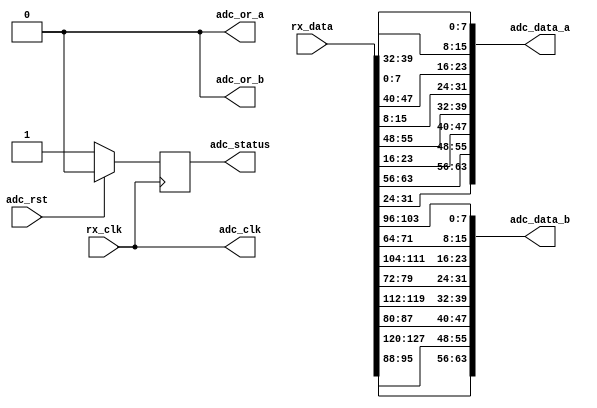
// ***************************************************************************
// ***************************************************************************
// Copyright 2011(c) Analog Devices, Inc.
// 
// All rights reserved.
// 
// Redistribution and use in source and binary forms, with or without modification,
// are permitted provided that the following conditions are met:
//     - Redistributions of source code must retain the above copyright
//       notice, this list of conditions and the following disclaimer.
//     - Redistributions in binary form must reproduce the above copyright
//       notice, this list of conditions and the following disclaimer in
//       the documentation and/or other materials provided with the
//       distribution.
//     - Neither the name of Analog Devices, Inc. nor the names of its
//       contributors may be used to endorse or promote products derived
//       from this software without specific prior written permission.
//     - The use of this software may or may not infringe the patent rights
//       of one or more patent holders.  This license does not release you
//       from the requirement that you obtain separate licenses from these
//       patent holders to use this software.
//     - Use of the software either in source or binary form, must be run
//       on or directly connected to an Analog Devices Inc. component.
//    
// THIS SOFTWARE IS PROVIDED BY ANALOG DEVICES "AS IS" AND ANY EXPRESS OR IMPLIED WARRANTIES,
// INCLUDING, BUT NOT LIMITED TO, NON-INFRINGEMENT, MERCHANTABILITY AND FITNESS FOR A
// PARTICULAR PURPOSE ARE DISCLAIMED.
//
// IN NO EVENT SHALL ANALOG DEVICES BE LIABLE FOR ANY DIRECT, INDIRECT, INCIDENTAL, SPECIAL,
// EXEMPLARY, OR CONSEQUENTIAL DAMAGES (INCLUDING, BUT NOT LIMITED TO, INTELLECTUAL PROPERTY
// RIGHTS, PROCUREMENT OF SUBSTITUTE GOODS OR SERVICES; LOSS OF USE, DATA, OR PROFITS; OR 
// BUSINESS INTERRUPTION) HOWEVER CAUSED AND ON ANY THEORY OF LIABILITY, WHETHER IN CONTRACT,
// STRICT LIABILITY, OR TORT (INCLUDING NEGLIGENCE OR OTHERWISE) ARISING IN ANY WAY OUT OF 
// THE USE OF THIS SOFTWARE, EVEN IF ADVISED OF THE POSSIBILITY OF SUCH DAMAGE.
// ***************************************************************************
// ***************************************************************************
// ***************************************************************************
// ***************************************************************************
// This is the LVDS/DDR interface

`timescale 1ns/100ps

module axi_ad9234_if (

  // jesd interface 
  // rx_clk is (line-rate/40)

  rx_clk,
  rx_data,

  // adc data output

  adc_clk,
  adc_rst,
  adc_data_a,
  adc_data_b,
  adc_or_a,
  adc_or_b,
  adc_status);

  // jesd interface 
  // rx_clk is (line-rate/40)

  input           rx_clk;
  input  [127:0]  rx_data;

  // adc data output

  output          adc_clk;
  input           adc_rst;
  output  [63:0]  adc_data_a;
  output  [63:0]  adc_data_b;
  output          adc_or_a;
  output          adc_or_b;
  output          adc_status;

  // internal registers

  reg             adc_status = 'd0;

  // internal signals

  wire    [15:0]  adc_data_a_s3_s;
  wire    [15:0]  adc_data_a_s2_s;
  wire    [15:0]  adc_data_a_s1_s;
  wire    [15:0]  adc_data_a_s0_s;
  wire    [15:0]  adc_data_b_s3_s;
  wire    [15:0]  adc_data_b_s2_s;
  wire    [15:0]  adc_data_b_s1_s;
  wire    [15:0]  adc_data_b_s0_s;

  // adc clock is the reference clock

  assign adc_clk = rx_clk;
  assign adc_or_a = 1'b0;
  assign adc_or_b = 1'b0;

  // adc channels

  assign adc_data_a = { adc_data_a_s3_s, adc_data_a_s2_s,
                        adc_data_a_s1_s, adc_data_a_s0_s};

  assign adc_data_b = { adc_data_b_s3_s, adc_data_b_s2_s,
                        adc_data_b_s1_s, adc_data_b_s0_s};

  // data multiplex

  assign adc_data_a_s3_s = {rx_data[ 31: 24], rx_data[ 63: 56]};
  assign adc_data_a_s2_s = {rx_data[ 23: 16], rx_data[ 55: 48]};
  assign adc_data_a_s1_s = {rx_data[ 15:  8], rx_data[ 47: 40]};
  assign adc_data_a_s0_s = {rx_data[  7:  0], rx_data[ 39: 32]};

  assign adc_data_b_s3_s = {rx_data[ 95: 88], rx_data[127:120]};
  assign adc_data_b_s2_s = {rx_data[ 87: 80], rx_data[119:112]};
  assign adc_data_b_s1_s = {rx_data[ 79: 72], rx_data[111:104]};
  assign adc_data_b_s0_s = {rx_data[ 71: 64], rx_data[103: 96]};

  // status

  always @(posedge rx_clk) begin
    if (adc_rst == 1'b1) begin
      adc_status <= 1'b0;
    end else begin
      adc_status <= 1'b1;
    end
  end

endmodule

// ***************************************************************************
// ***************************************************************************